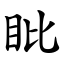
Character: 䀝